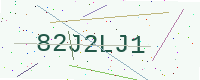
Text: 82J2LJ1